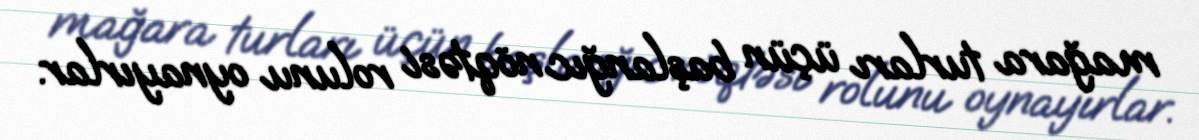
mağara turları üçün başlanğıc nöqtəsi rolunu oynayırlar.